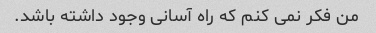
من فکر نمی کنم که راه آسانی وجود داشته باشد.